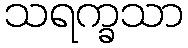
သရက္ခသာ